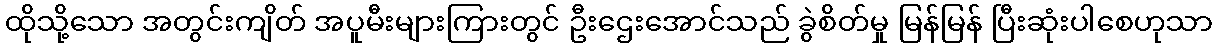
ထိုသို့သော အတွင်းကျိတ် အပူမီးများကြားတွင် ဦးဌေးအောင်သည် ခွဲစိတ်မှု မြန်မြန် ပြီးဆုံးပါစေဟုသာ